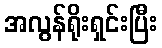
အလွန်ရိုးရှင်းပြီး